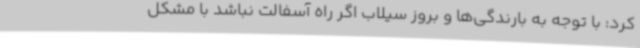
کرد: با توجه به بارندگی‌ها و بروز سیلاب اگر راه آسفالت نباشد با مشکل